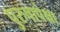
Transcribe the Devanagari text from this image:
पुरुषापेक्षा